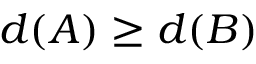
d ( A ) \geq d ( B )